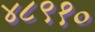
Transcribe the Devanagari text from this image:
४८९१०